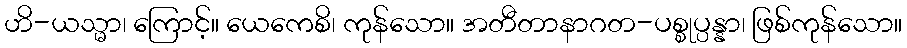
ဟိ-ယသ္မာ၊ ကြောင့်။ ယေကေစိ၊ ကုန်သော။ အတီတာနာဂတ-ပစ္စုပ္ပန္နာ၊ ဖြစ်ကုန်သော။